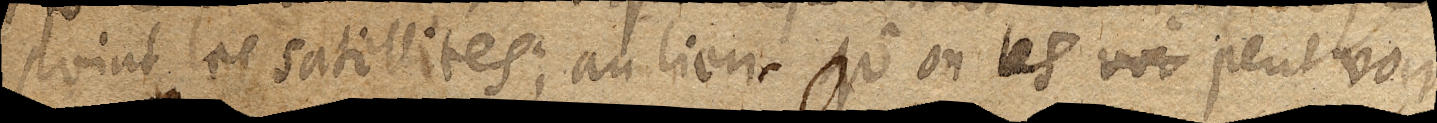
point les satellites; au lieu qu’on les voi peut voir